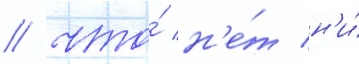
/ что́ н'е́т н'и́